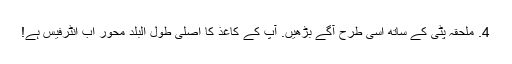
4. ملحقہ پٹی کے ساتھ اسی طرح آگے بڑھیں. آپ کے کاغذ کا اصلی طول البلد محور اب انٹرفیس ہے!